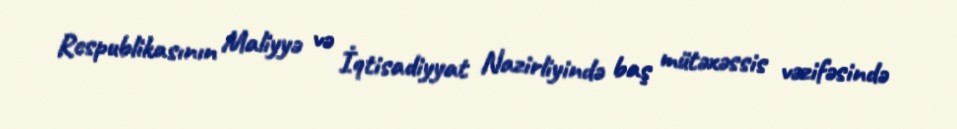
Respublikasının Maliyyə və İqtisadiyyat Nazirliyində baş mütəxəssis vəzifəsində